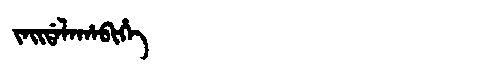
Manchu: ᠵᠠᡳᡩᠠᠯᠠᡥᠠᠪᡳᡥᡝ
Romanization: JAIDALAHABIHE